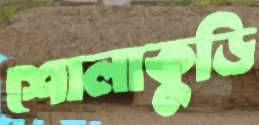
শোলাকুড়ি